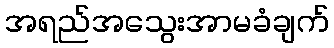
အရည်အသွေးအာမခံချက်